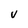
Character: v